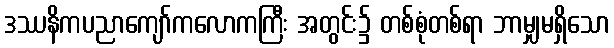
ဒဿနိကပညာကျော်ကလောကကြီး အတွင်း၌ တစ်စုံတစ်ရာ ဘာမျှမရှိသော